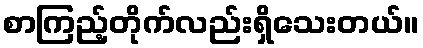
စာကြည့်တိုက်လည်းရှိသေးတယ်။